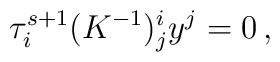
\tau^{s+1}_i (K^{-1})^i_j y^j=0\,,